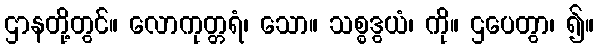
ဌာနတို့တွင်။ လောကုတ္တရံ၊ သော။ သစ္စဒွယံ၊ ကို။ ဌပေတွာ၊ ၍။